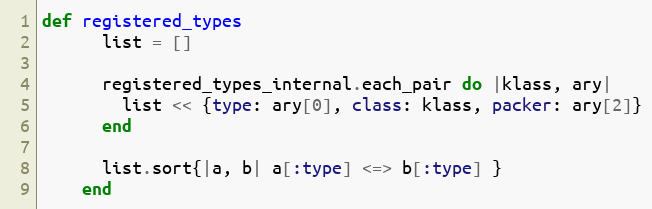
Language: Ruby
def registered_types
      list = []

      registered_types_internal.each_pair do |klass, ary|
        list << {type: ary[0], class: klass, packer: ary[2]}
      end

      list.sort{|a, b| a[:type] <=> b[:type] }
    end